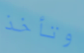
وتأخذ